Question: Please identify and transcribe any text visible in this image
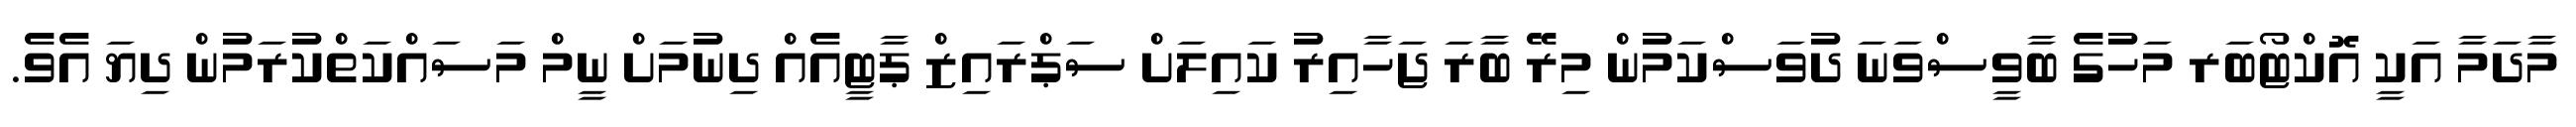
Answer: މާދަމާ އަކީ އޮކްޓޯބަރ މަހުގެ ބާވީސްވަނަ ދުވަސްކަމުން މިރޭ ބާރަ ޖަހާއިރު ކައިލަށް ސަޕްރައިޒް ޕާޓީއެއް ދިނުމަށް ނީމް މަސައްކަތްކުރަމުން ދިޔަ އެވެ.